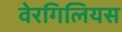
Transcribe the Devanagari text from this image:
वेरगिलियस